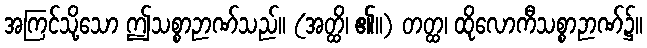
အကြင်သို့သော ဤသစ္စာဉာဏ်သည်။ (အတ္ထိ၊ ၏။) တတ္ထ၊ ထိုလောကီသစ္စာဉာဏ်၌။